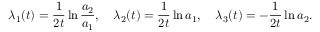
\lambda _ { 1 } ( t ) = \frac { 1 } { 2 t } \ln { \frac { a _ { 2 } } { a _ { 1 } } } , \quad \lambda _ { 2 } ( t ) = \frac { 1 } { 2 t } \ln { a _ { 1 } } , \quad \lambda _ { 3 } ( t ) = - \frac { 1 } { 2 t } \ln { a _ { 2 } } .